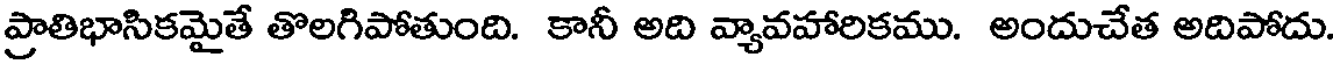
ప్రాతిభాసికమైతే తొలగిపోతుంది. కానీ అది వ్యావహారికము. అందుచేత అదిపోదు.